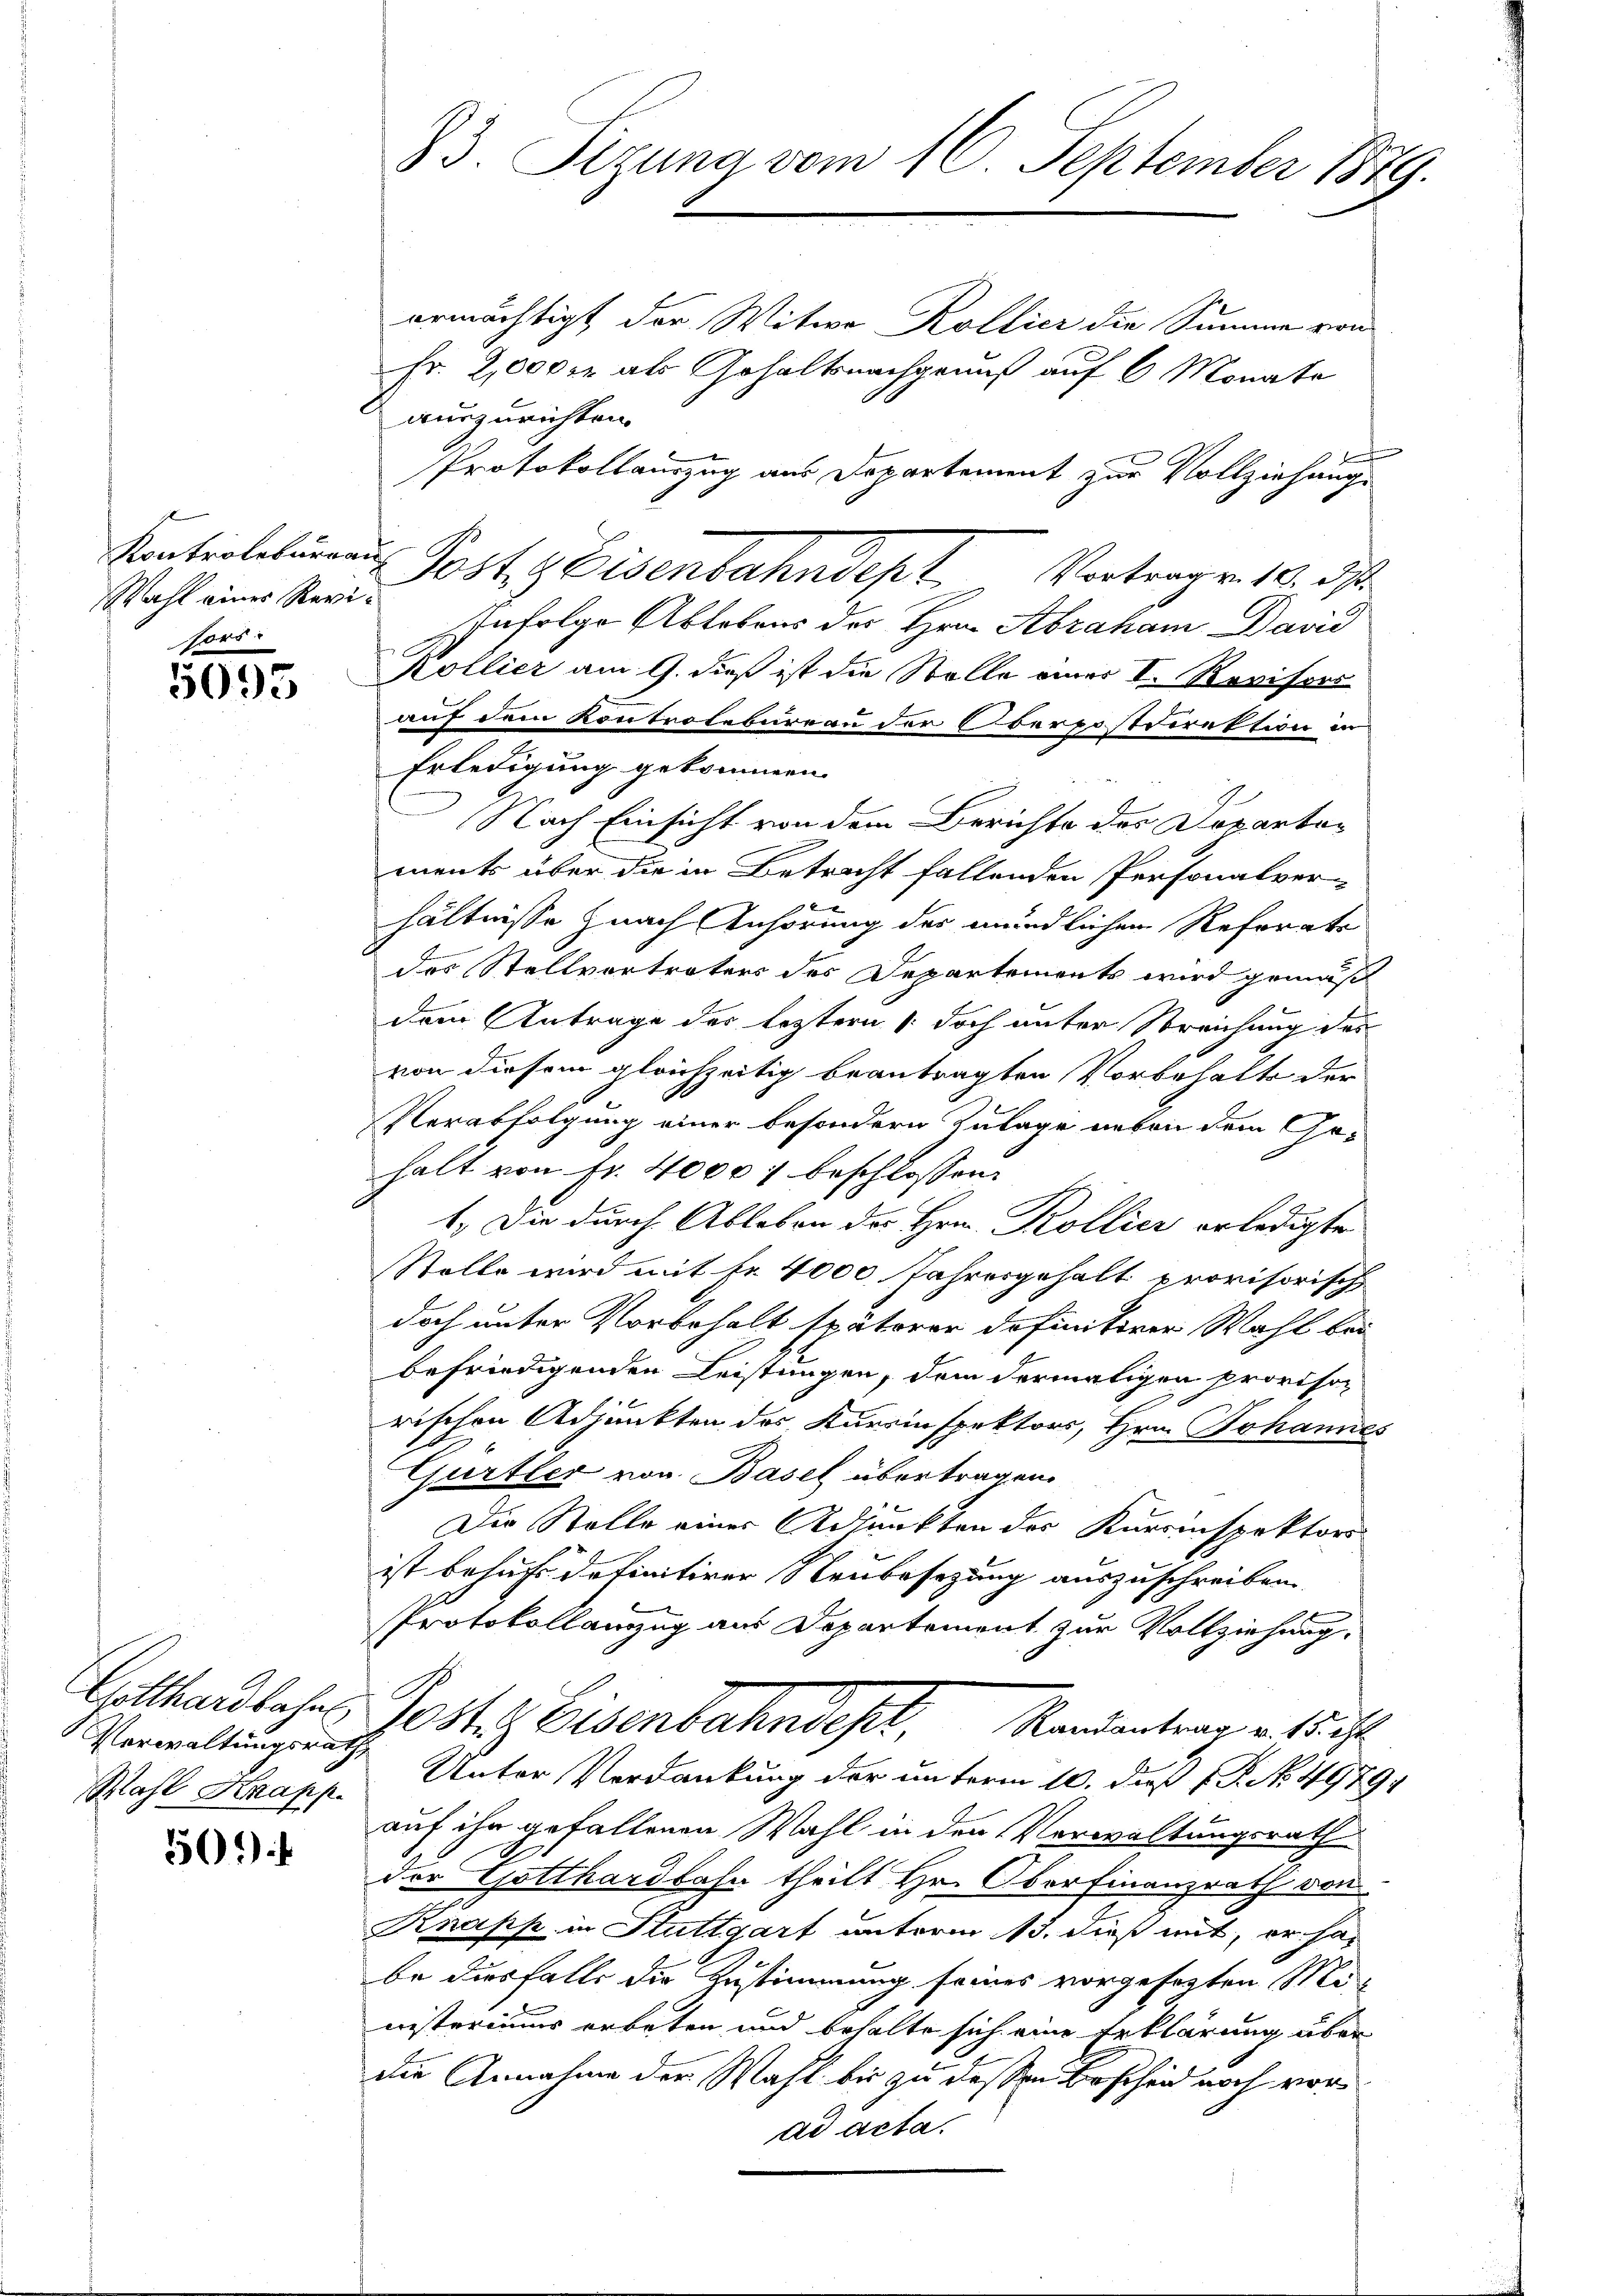
Wahl einer Revi
fors

5095

Gotthardbahnl
Verwaltungsrath,
Wahl Krapp

50)

23. Sizung vom 16. September 1879.

ermächtigt der Witwe Kollier die Summe von
Fr. 2,000 fr als Gehaltsnachgenuß auf 6 Monate
auszurichten.
Protokollauszug aus Departement zur Vollziehung
Infolge Ablebens des Hrn. Abraham David
Kollier am 9. dieß ist die Stelle einer I. Revisori
auf dem Kontrolebureau der Oberpostdirektion in
Erledigung gekommen.
Nach Einsicht von dem Berichte des Dopartoments über die in Betracht fallenden Personalver-
7 x
hältnisse nach Anhörung des mündlichen Reforgte
des Stellvertreters des Departements wird gemäß
dem Antrage des leztern doch unter Streichung des
von diesem gleichzeitig beantragten Vorbehalts der
Verabfolgung einer besondern Zulage neben dem Ge-
halt von Fr. 4000 f beschlossen:
1. Die durch Ableben der Hrn. Kollier erledigte
Stelle wird mit fr. 4000 Jahresgehalt provisorisch
doch unter Vorbehalt späterer definitirer Wahl bei
befriedigenden Leistungen, dem dermaligen provisorischen Adjunkten des Kursinspektors, Hrn. Johannes
Gurtler von Basel übertragen.
Der Stelle eines Adjunkten des Kursinspektors
ist behufe definitiver Neubesezung auszuschreiben.
Protokollamzug aus Departement zur Vollziehung.
Jostiz Eisenbahndet, Mandentrag u. ih
Unter Verdankung der unterm 10. daß P. No. 49791
auf ihn gefallenen Wahl in den Verwaltungsrath
der Gotthardbahn theilt Hr. Oberfinanzrath von
Knapp in Stuttgart unterm 13. dieß mit, er habe diesfalls die Zustimmung seines vorgesezten Mi
nisteriums erbeten und behalte sich eine Erklärung über
die Annahme der Wahl bis zu dessen Bescheid noch vor
ad acta.

Kontrollieren Post. Eisenbahndept. Vortragen 19. ds.